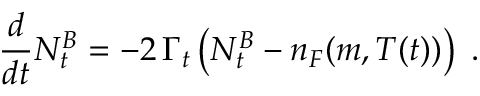
\frac { d } { d t } N _ { t } ^ { B } = - 2 \, \Gamma _ { t } \left( N _ { t } ^ { B } - n _ { F } ( m , T ( t ) ) \right) \; .